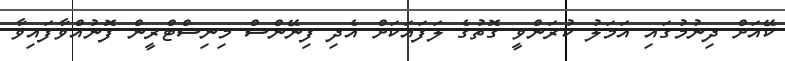
ކޭއަށް ދިނުމުގައި އަމަލު ކުރަންވީ ގޮތުގެ ލަފައަކަށް އެދި ފިނޭންސް މިނިސްޓްރީން ފޮނުއްވާފައިވާ